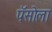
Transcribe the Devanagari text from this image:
पॅसोला